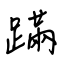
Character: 蹣